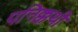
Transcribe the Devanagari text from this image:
पनिक्कथी